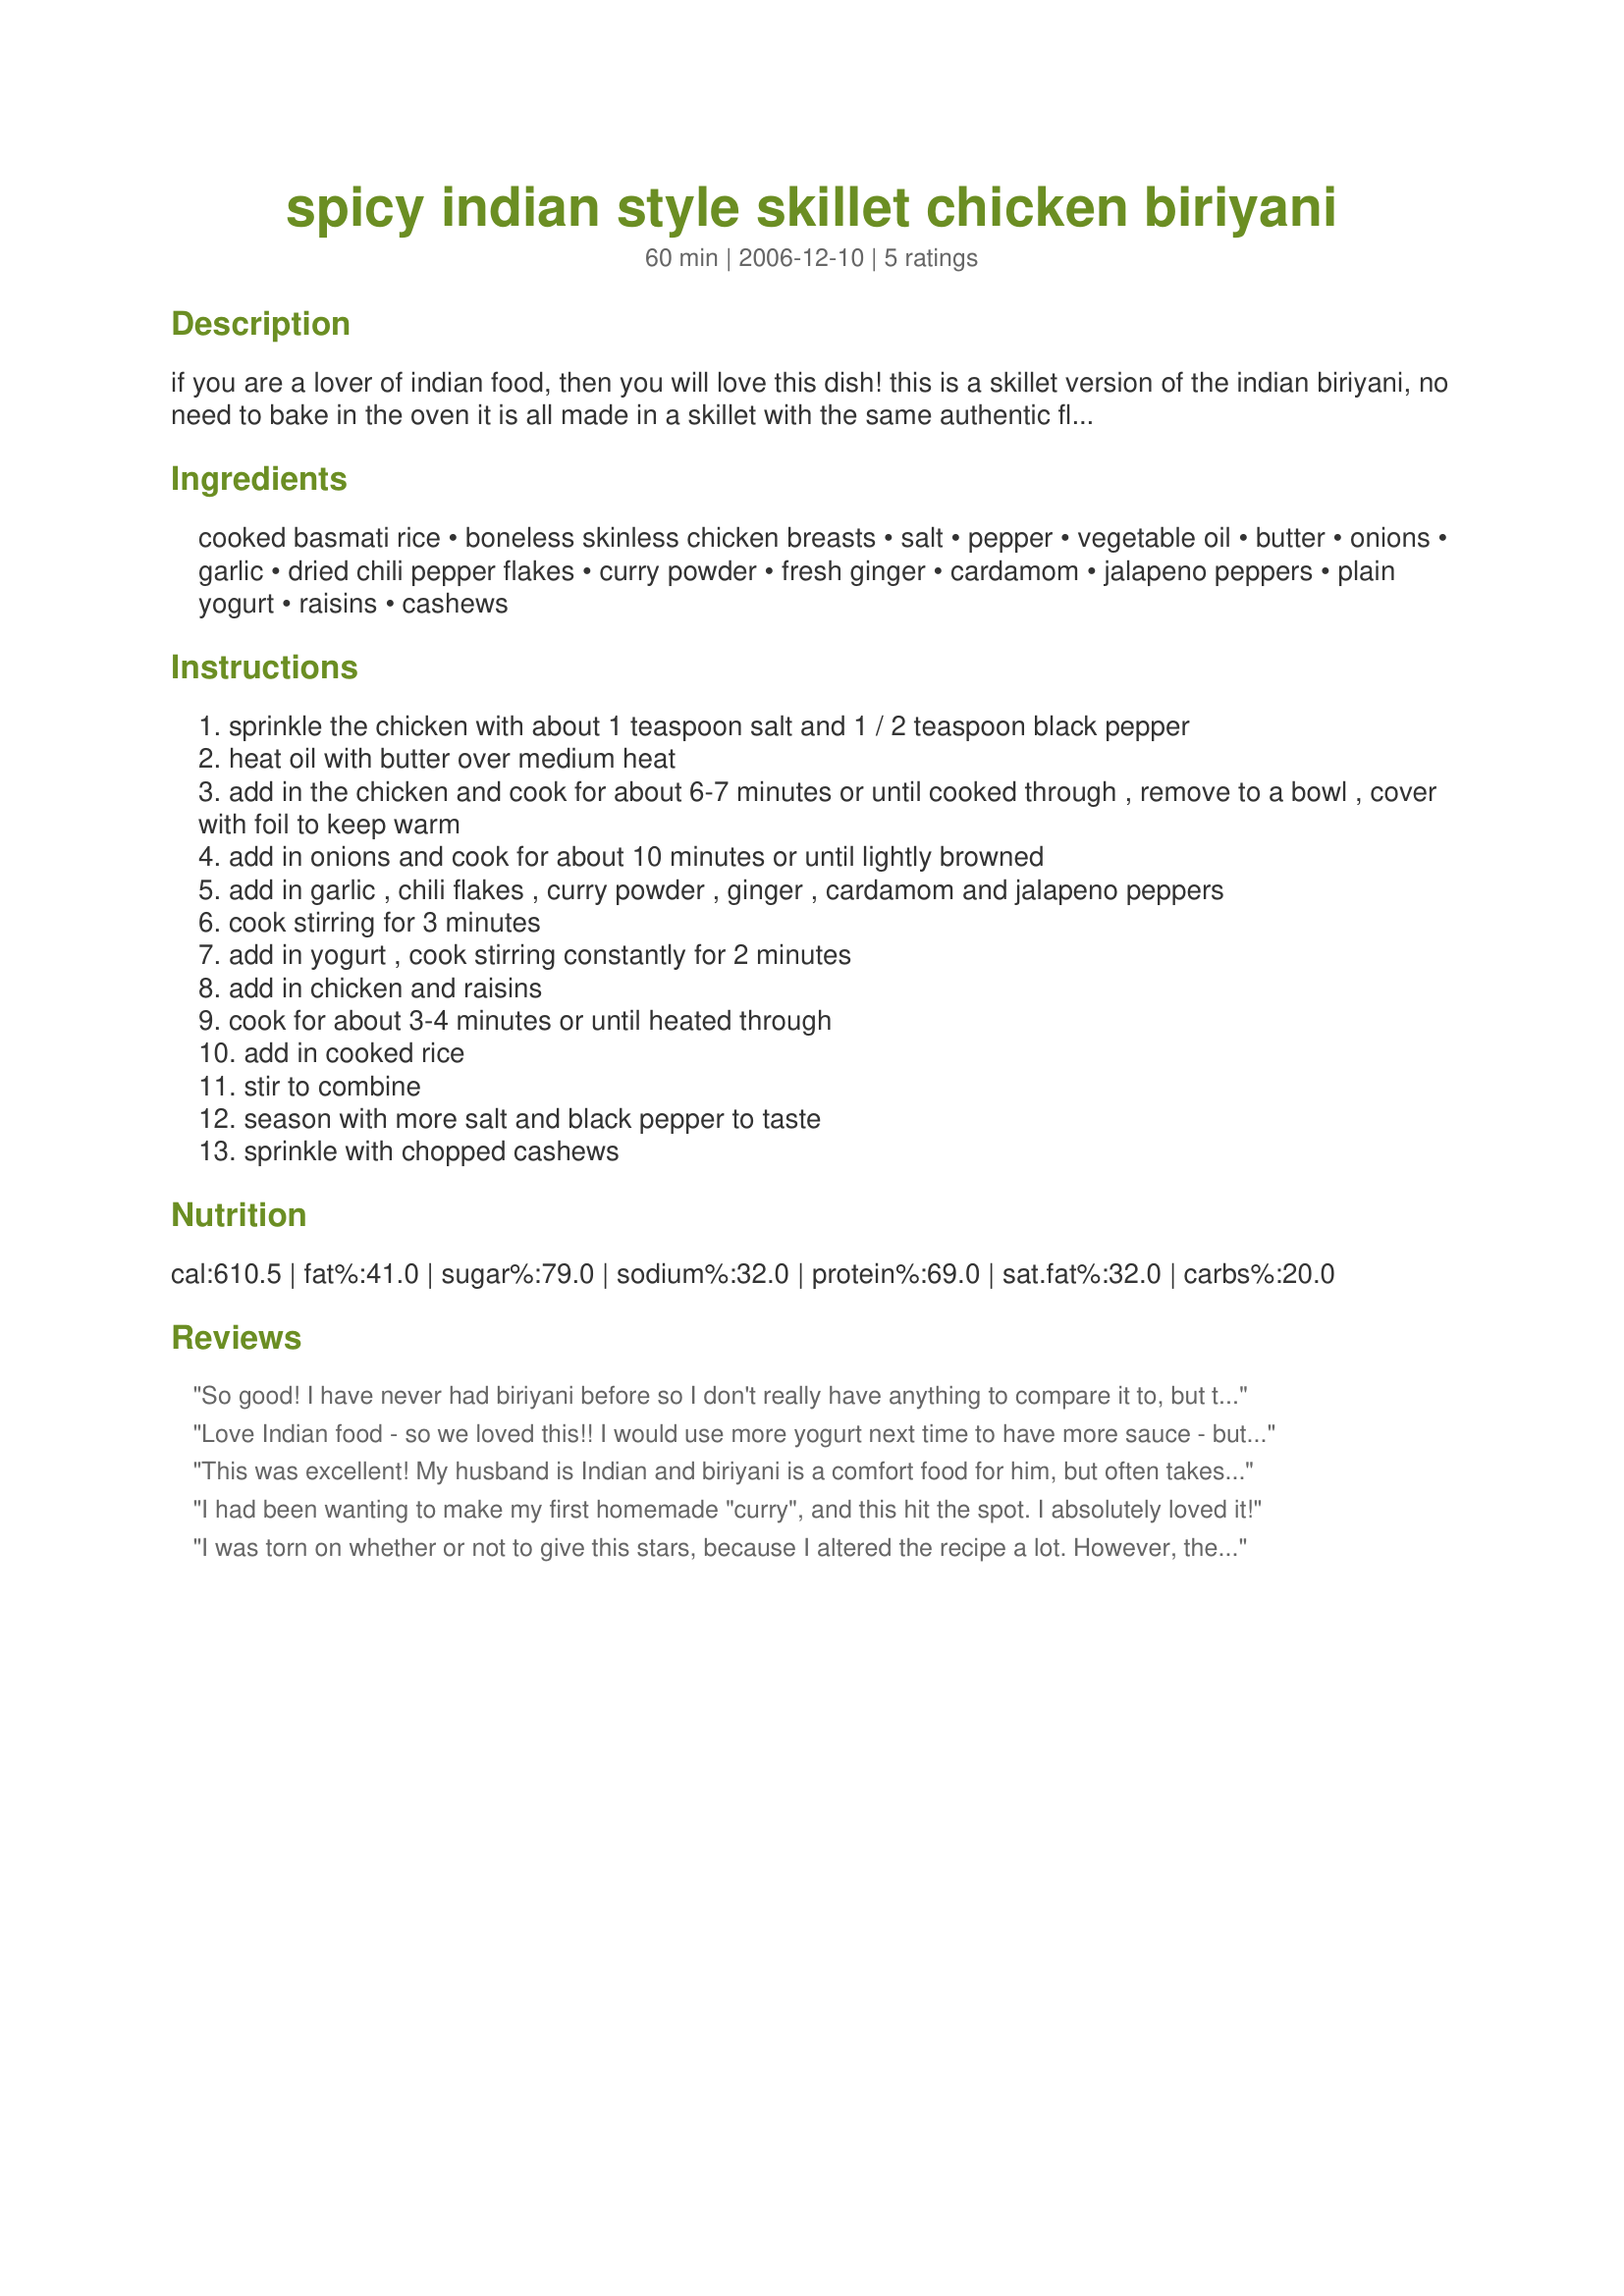
spicy indian style skillet chicken biriyani
Preparation time: 60 minutes

if you are a lover of indian food, then you will love this dish! this is a skillet version of the indian biriyani, no need to bake in the oven it is all made in a skillet with the same authentic flavors, do not use low-fat yogurt for this or it will curdle, use whole milk yogurt. if you have any saffron add in a pinch to the rice when it is cooking, along with a very small pinch cinnamon and 2 teaspoons salt, use 3 cups water or chicken broth with 1-1/2 cups basmati rice. you can adjust the jalapeno peppers and chili flakes amount to taste and also use as much curry as desired.

Ingredients:
cooked basmati rice, boneless skinless chicken breasts, salt, pepper, vegetable oil, butter, onions, garlic, dried chili pepper flakes, curry powder, fresh ginger, cardamom, jalapeno peppers, plain yogurt, raisins, cashews

Steps:
sprinkle the chicken with about 1 teaspoon salt and 1 / 2 teaspoon black pepper
heat oil with butter over medium heat
add in the chicken and cook for about 6-7 minutes or until cooked through , remove to a bowl , cover with foil to keep warm
add in onions and cook for about 10 minutes or until lightly browned
add in garlic , chili flakes , curry powder , ginger , cardamom and jalapeno peppers
cook stirring for 3 minutes
add in yogurt , cook stirring constantly for 2 minutes
add in chicken and raisins
cook for about 3-4 minutes or until heated through
add in cooked rice
stir to combine
season with more salt and black pepper to taste
sprinkle with chopped cashews

Reviews:
So good! I have never had biriyani before so I don't really have anything to compare it to, but this was delicious. I did not have fresh ginger or jalapenos, so I used powdered ginger, some cinnamon (I loved the sweet edge it gave it!) and added a second packet of crushed pepper flakes left over from getting pizza. I also did what one of the other reviewers did and add craisins instead. I will definitely be making this again - great comfort food and even better the second day for lunch. Mmmm. :)
Love Indian food - so we loved this!! I would use more yogurt next time to have more sauce - but the taste was amazing!! Loved the mix of spices!! Thanks Kit! :)
This was excellent! My husband is Indian and biriyani is a comfort food for him, but often takes so long to prepare. This recipe was easy and he didn't even realise that I hadn't slaved in the kitchen for hours!!! I did make a few changes....I added 2 cinnimon sticks, used green cardamon pods and sprinkled sliced almonds on the top at the end. I also used chili powder, chili flakes and green chili's but it was too spicey so next time I will cut way back on the flakes. I also added the garam masala (a must for Indian cooking) and it gave it the right brown colour that is common with Moghul dishes...my husband said just like home. Will definetly be using this recipe again.
I had been wanting to make my first homemade "curry", and this hit the spot. I absolutely loved it!
I was torn on whether or not to give this stars, because I altered the recipe a lot. However, the flavors were the same- and I wanted to rate the outstanding flavor of this dish. Plus, perhaps someone might use my variations! I know for sure that I'll be making this my way AND your way many times in the future. I am always wary of curry powder, because I tend to think "Curry Powder doesn't automatically indian food make." But this dish utilized it really really really well. We love Biryani, but rarely eat it for the fat content, all the rice, the sheer amount of butter. That's why I was drawn to this recipe. Now my changes: I used chicken thighs (boneless/skinless) and green chilis from the Indian store. I also used 2 cups of cooked quinoa in place of the rice (more protein, less carbs) I omitted raisins for DH's tastes, and--- I successfully used lowfat yogurt. I just beat it up first so that it was smooth and fluffy. It didn't curdle at all. Lastly- I added one teaspoon of garam masala with the yogurt- to spice it up a little further. We truly enjoyed this. It was a very very very simple dish to make, with all the flavors that we miss that we don't get to enjoy on a normal weeknight. Thank you so much for sharing!
